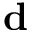
\mathbf { d }